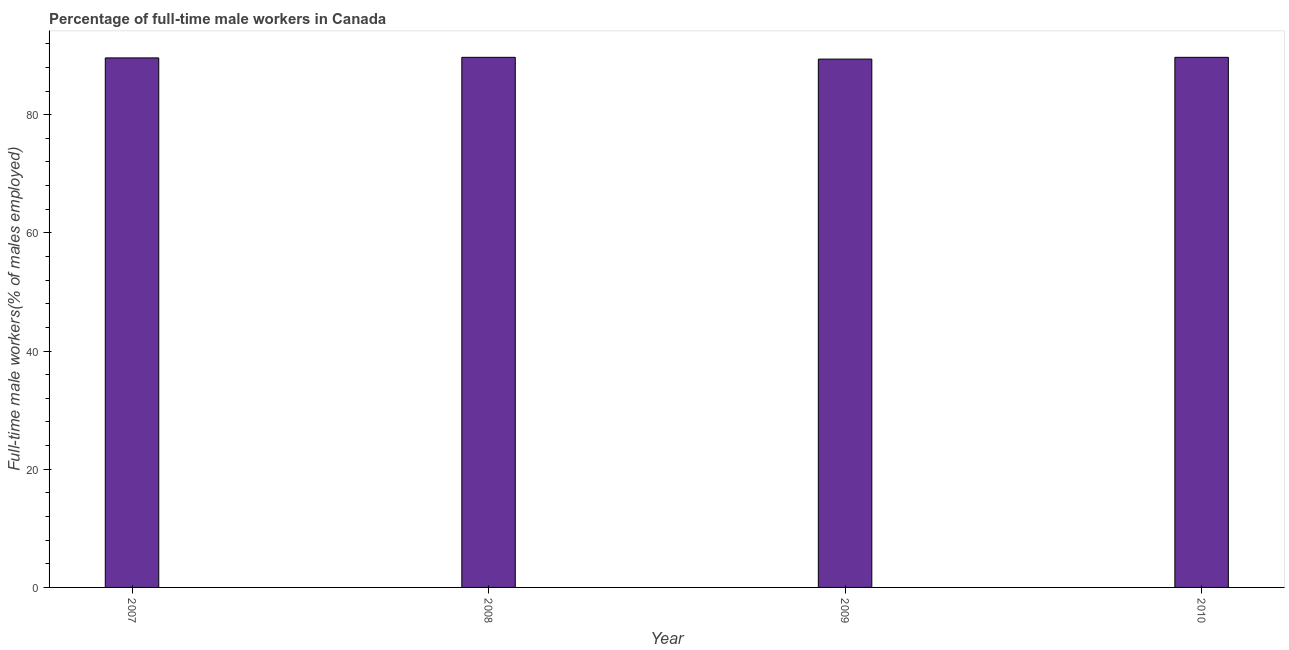
| Year | Wage and salary workers |
 | --- | --- |
 | 2007 | 89.6 |
 | 2008 | 89.7 |
 | 2009 | 89.4 |
 | 2010 | 89.7 |